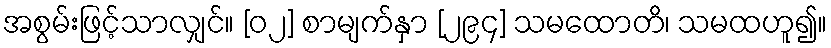
အစွမ်းဖြင့်သာလျှင်။ [၀၂] စာမျက်နှာ [၂၉၄] သမထောတိ၊ သမထဟူ၍။